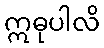
ဣဓုပါလိ